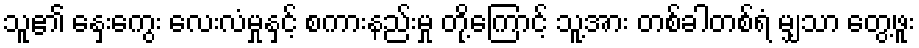
သူ၏ နှေးကွေး လေးလံမှုနှင့် စကားနည်းမှု တို့ကြောင့် သူ့အား တစ်ခါတစ်ရံ မျှသာ တွေ့ဖူး